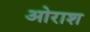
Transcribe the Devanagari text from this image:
ओराश